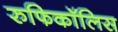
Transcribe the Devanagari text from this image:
रुफिकॉलिस